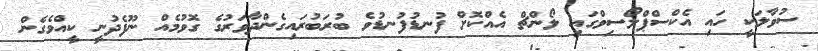
ސުވާލަކީ ހައި އެކްސްޕްލޯސިވްގައި ލޯންޗް އެއްކޮށް ފުނޑުފުނޑުވެ ބުރަބުރައިގެންދާވަރުގެ ގޮވުމެއް ނޫފެދުނީ ކީއްވެގެން